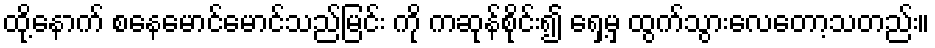
ထို့နောက် စနေမောင်မောင်သည်မြင်း ကို ကဆုန်စိုင်း၍ ရှေ့မှ ထွက်သွားလေတော့သတည်း။